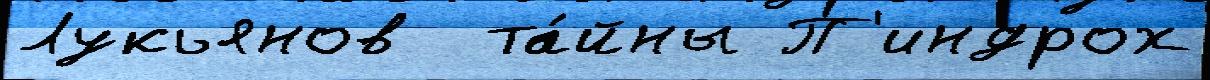
Лукьянов  та́йны П'индрох